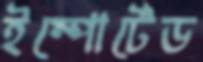
ইম্পোর্টেড